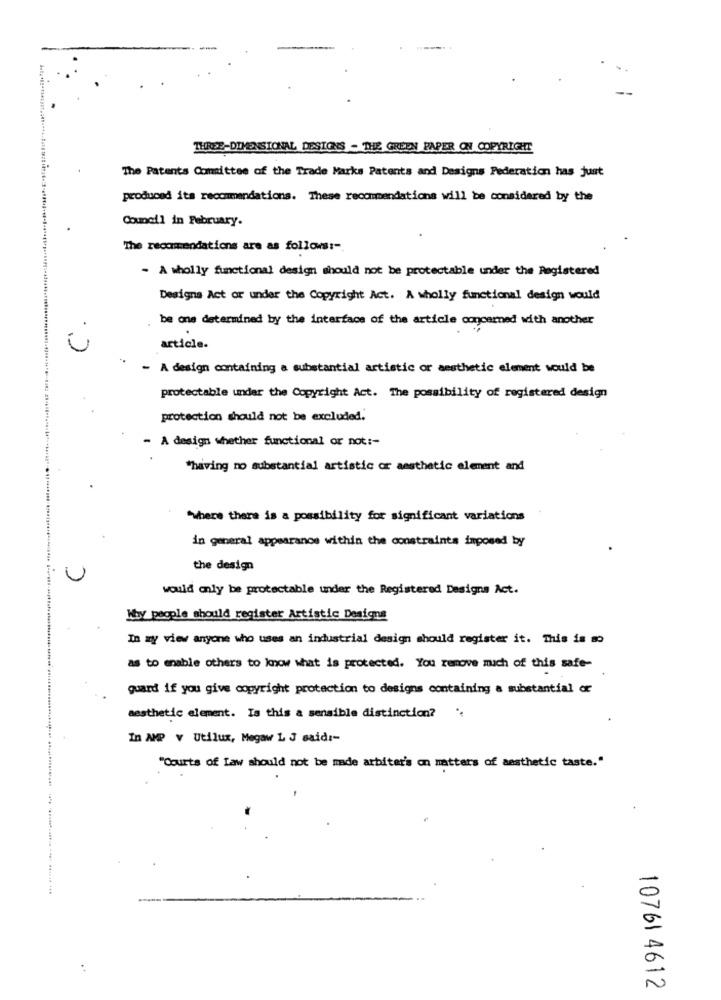
THREE-DIMENSIONAL DESIGNS - THE GREEN PAPER ON COPYRIGHT
The Patents Comittee of the Trade Marks Patents and Designs Federation has just
produced its recommendations. These recommendations will be considered by the
Council in February.
"The recommendations are as follows :-.
- A wholly functional design should not be protectable under the Registered
Designa Act or under the Copyright Act. A wholly functional design would
be one determined by the interface of the article concerned with another
i
article.
- A design containing a substantial artistic or aesthetic element would be
protectable under the Copyright Act. The possibility of registered design
protection should not be excluded.
- A design whether functional or not :-
"having no substantial artistic or aesthetic alement and
"where there is a possibility for significant variations
in general appearance within the constraints imposed by
the design
would only be protectable under the Registered Designs Act.
Why people should register Artistic Designs
In my view anyone who uses an industrial design should register it. This is so
as to enable others to know what is protected. You remove much of this safe-
guard if you give copyright protection to designs containing a substantial or
aesthetic element. Is this a sensible distinction?
In AMP V Utilux, Megaw L J said :-
"Courts of Law should not be made arbiter's on matters of aesthetic taste."
-
10761 4612
N